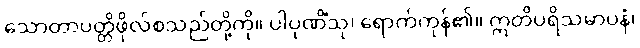
သောတာပတ္တိဖိုလ်စသည်တို့ကို။ ပါပုဏိံသု၊ ရောက်ကုန်၏။ ဣတိပရိသမာပနံ၊